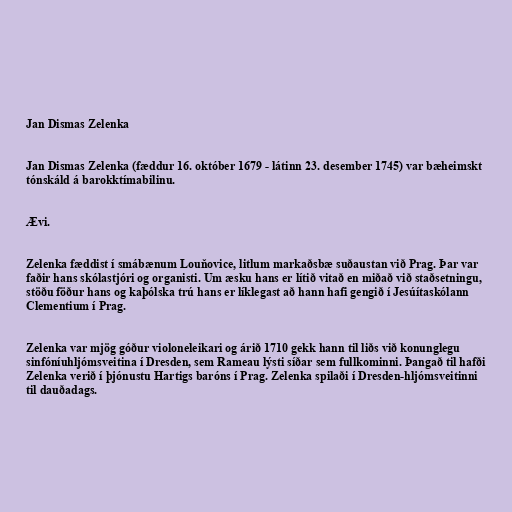
Jan Dismas Zelenka

Jan Dismas Zelenka (fæddur 16. október 1679 - látinn 23. desember 1745) var bæheimskt
tónskáld á barokktímabilinu.

Ævi.

Zelenka fæddist í smábænum Louňovice, litlum markaðsbæ suðaustan við Prag. Þar var
faðir hans skólastjóri og organisti. Um æsku hans er lítið vitað en miðað við staðsetningu,
stöðu föður hans og kaþólska trú hans er líklegast að hann hafi gengið í Jesúítaskólann
Clementium í Prag.

Zelenka var mjög góður violoneleikari og árið 1710 gekk hann til liðs við konunglegu
sinfóníuhljómsveitina í Dresden, sem Rameau lýsti síðar sem fullkominni. Þangað til hafði
Zelenka verið í þjónustu Hartigs baróns í Prag. Zelenka spilaði í Dresden-hljómsveitinni
til dauðadags.